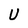
Character: U